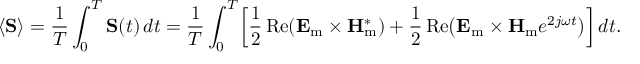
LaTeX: \langle \mathbf { S } \rangle = { \frac { 1 } { T } } \int _ { 0 } ^ { T } \mathbf { S } ( t ) \, d t = { \frac { 1 } { T } } \int _ { 0 } ^ { T } \! \left[ { \frac { 1 } { 2 } } \operatorname { R e } \! \left( \mathbf { E } _ { \mathrm { m } } \times \mathbf { H } _ { \mathrm { m } } ^ { * } \right) + { \frac { 1 } { 2 } } \operatorname { R e } \! \left( { \mathbf { E } _ { \mathrm { m } } } \times { \mathbf { H } _ { \mathrm { m } } } e ^ { 2 j \omega t } \right) \right] d t .